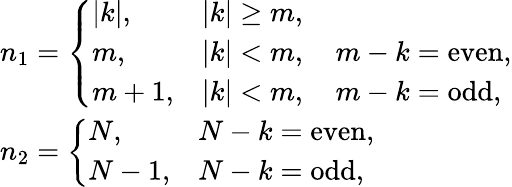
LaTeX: \begin{array}{l}{n_{1}=\left\{ \begin{array}{ll}{|k|,}&{|k|\geq m,}\\ {m,}&{|k|<m,\quad m-k=\mathrm{even},}\\ {m+1,}&{|k|<m,\quad m-k=\mathrm{odd},}\end{array}\right.}\\ {n_{2}=\left\{ \begin{array}{ll}{N,}&{N-k=\mathrm{even},}\\ {N-1,}&{N-k=\mathrm{odd},}\end{array}\right.}\end{array}